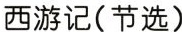
西游记(节选)